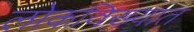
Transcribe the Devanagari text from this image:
लोकविख्यात